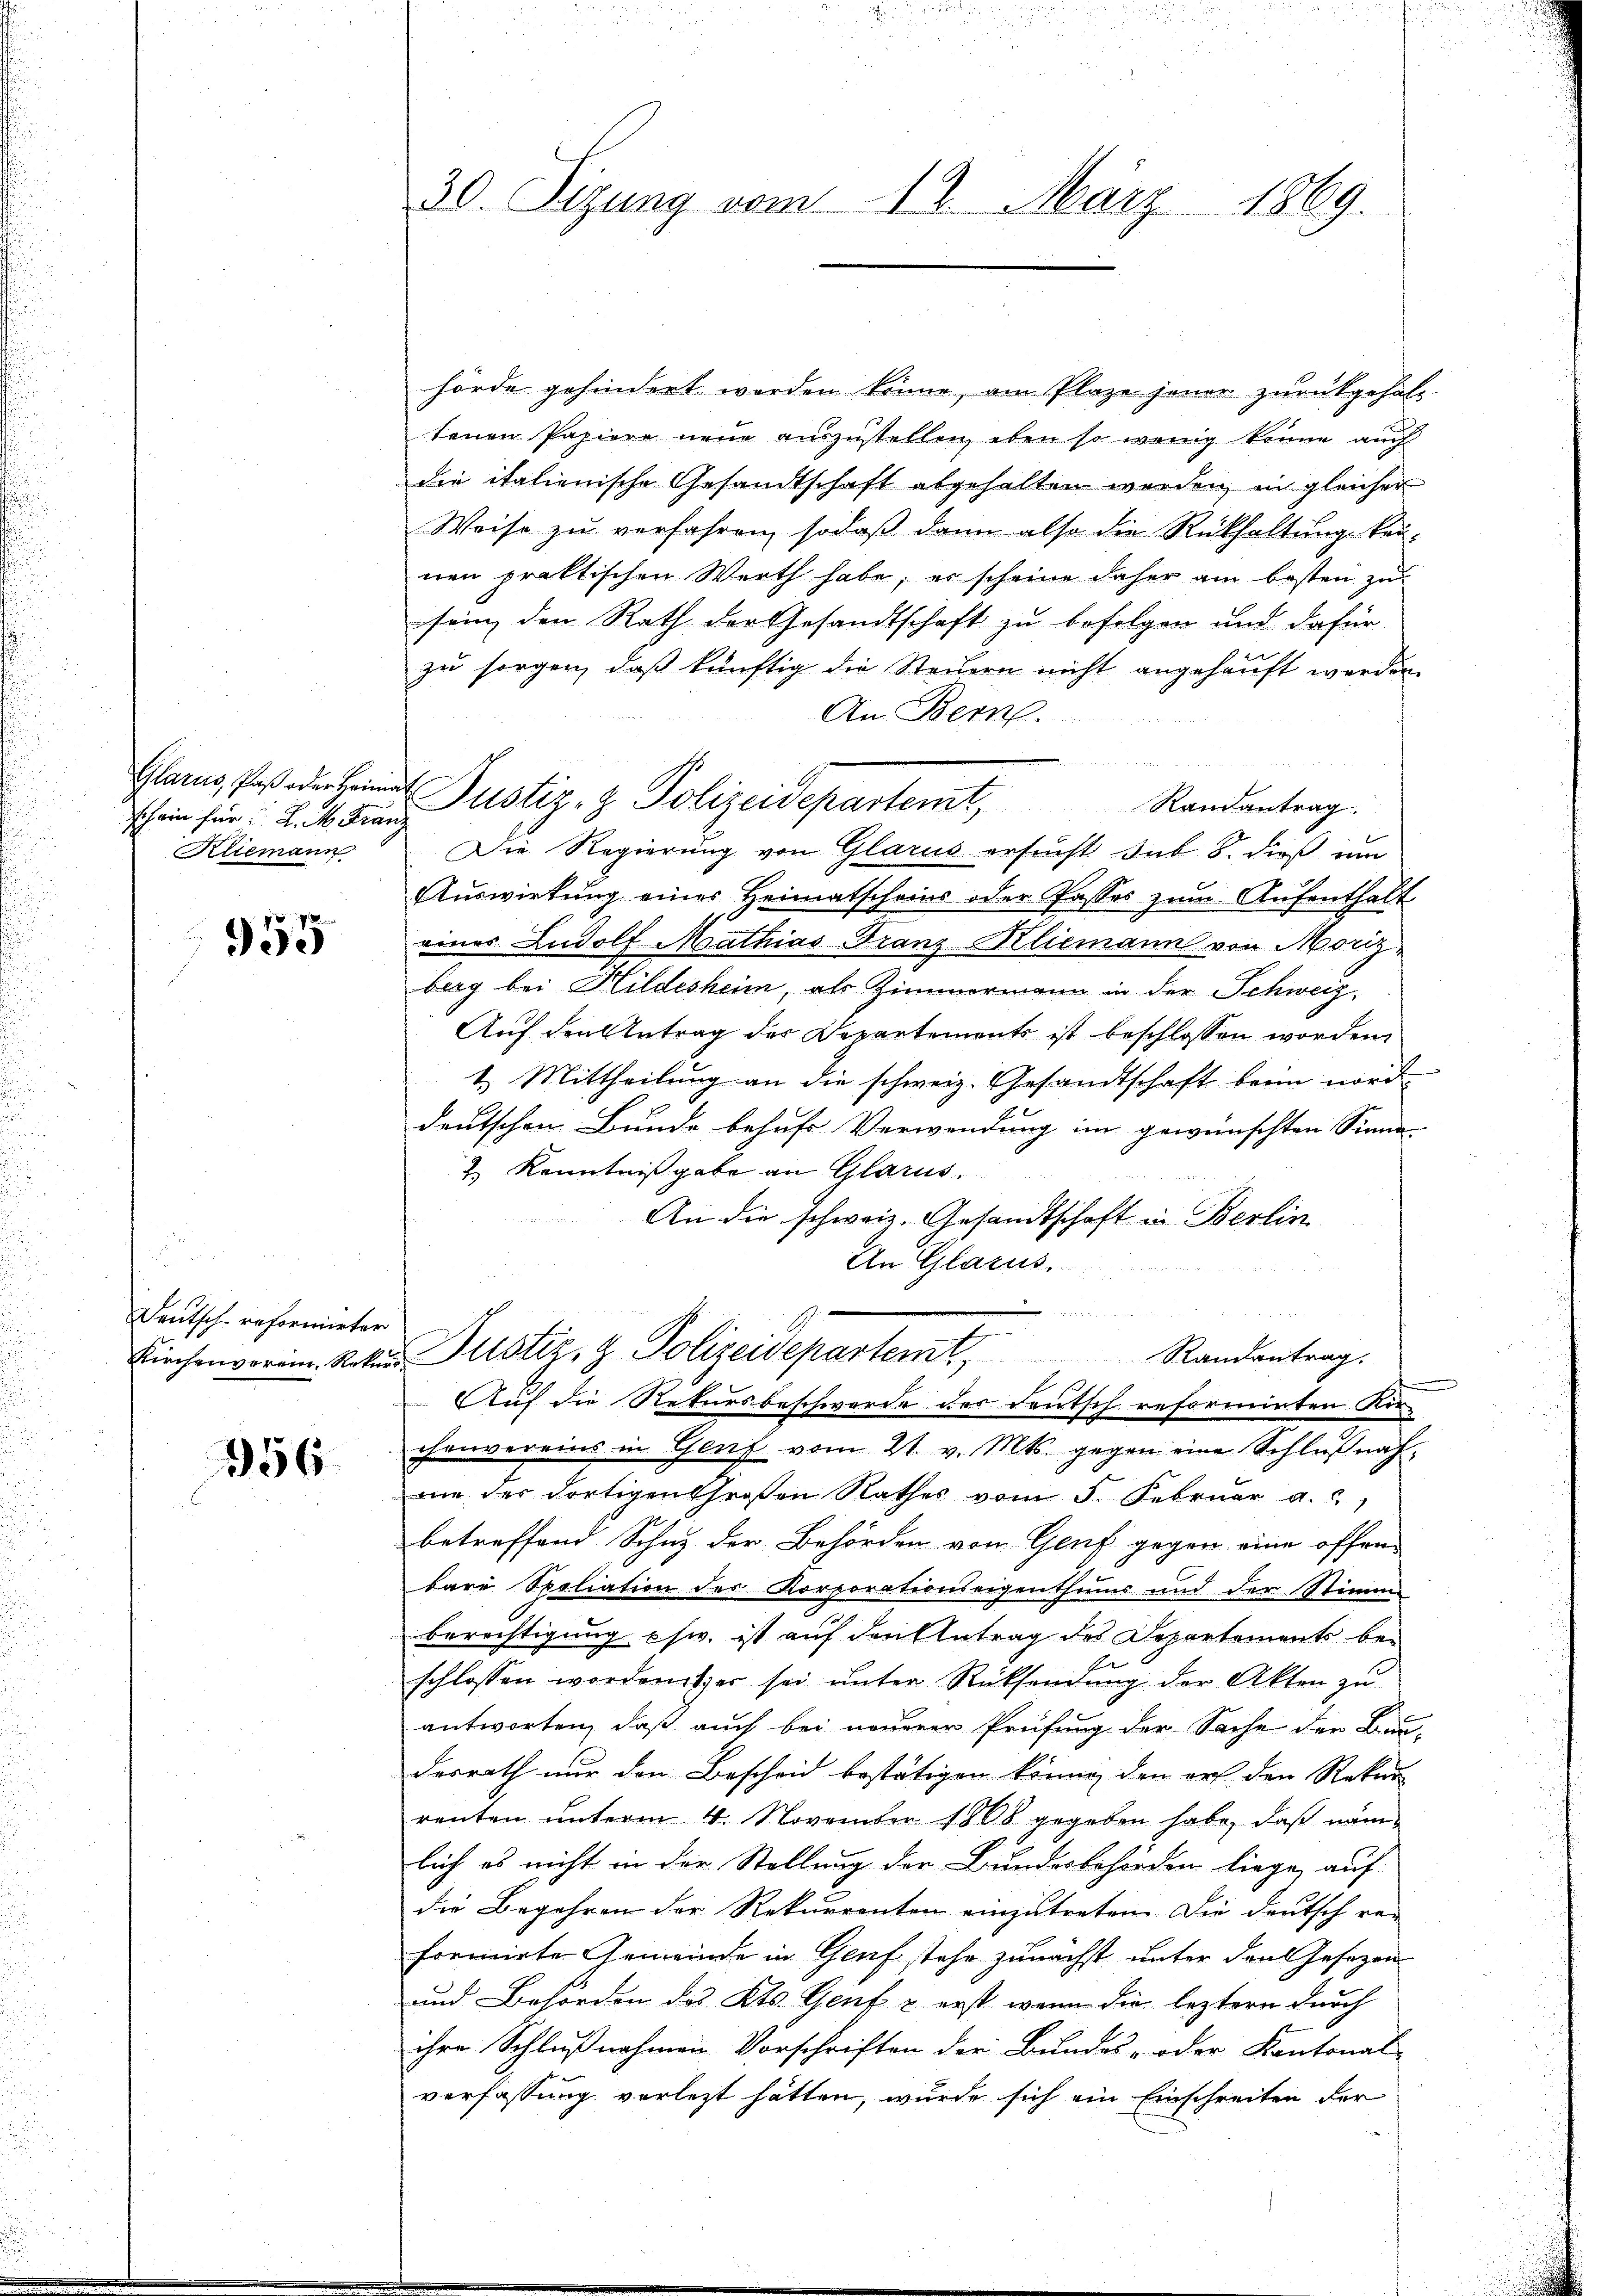
schein für K. M. Franz
Kliemann

955

Deutsch-reformirter
Kirchenverein. Rekur

256

30. Sizung vom 12. März 1869.

hörde gehindert worden könne, am Plaze jener zurückgehalt
tenen Papiere neue auszustellen, eben so wenig könne auch
die italienische Gesandtschaft abgehalten werden in gleicher
Weise zu verfahren, sodaß dann also die Rückhaltung kan-
nen praktischen Werth habe; er scheine daher am besten zu
sein den Rath der Gesandtschaft zu befolgen und dafür
zu sorgen, daß künftig die Steuern nicht angehauft werden.
An Bern.
n
Die Regierung von Glarus ersucht sub 8. dieß um
Auswirkung eines Heimatscheins oder Passes zŭm Aŭfenthalt
eines Ludolf Mathias Franz Kliemann von Moriz
berg bei Hildesheim, als Zimmermann in der Schweiz
Auf den Antrag des Departements ist beschlossen worden.
1.) Mittheilung an die schweiz. Gesandtschaft beim nord
deutschen Bunde behufe Verwendung im gewünschten Sinne-
Z. Kenntnißgabe an Glarus.
An die schweiz. Gesandtschaft in Berlin
An Glarus.

u
Justiz- & Polizeidepartemt. Randantrags
Auf die Rekursbeschwerde der deutsch reformirten Kirchenvereins in Genf vom 21. v. Mts. gegen eine Schlŭβnah-
mie der dortigen Großen Rathes vom 5. Februar a.
betreffend Schuz der Behörden von Genf gegen eine offen
bare Spoliation des Korporationseigenthums und der Stimme
Berechtigung usw. ist auf den Antrag des Departements beschlossen wordenitzer sei ŭnter Rücksendŭng der Akten zu
antworten, daß auch bei neuerer Prüfung der Sache der Bundesrath nur den Bescheid bestätigen könne, den er den Rekur
renten unterm 4. November 1806 gegeben habe, daß nämlich es nicht in der Stellung der Bundesbehörden liege, auf
die Begehren der Rekurrenten einzŭtreten. Die deutsch rei
formirte Gemeinde in Genf stehe zunächst unter den Gesezen
und Behörden des Kts. Genf u. erst, wenn die leztern durch
ihre Schlußnahmen Vorschriften der Bundes- oder Kantonal-
verfassung verletzt hätten, wurde sich ein Einschreiten der

Glarus, so oder ein Justiz- & Polizeidepartemt, Randantrag.